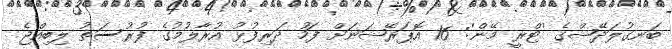
ބަނގުލަދޭޝްގެ 'ޓްރީ މޭން': 16 އޮޕަރޭޝަނަށް ފަހު ދަރިފުޅު އުރާލުމުގެ ފުރުސަތު ލިބިއްޖެ